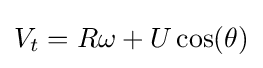
V_{t}=R\omega +U\cos(\theta )